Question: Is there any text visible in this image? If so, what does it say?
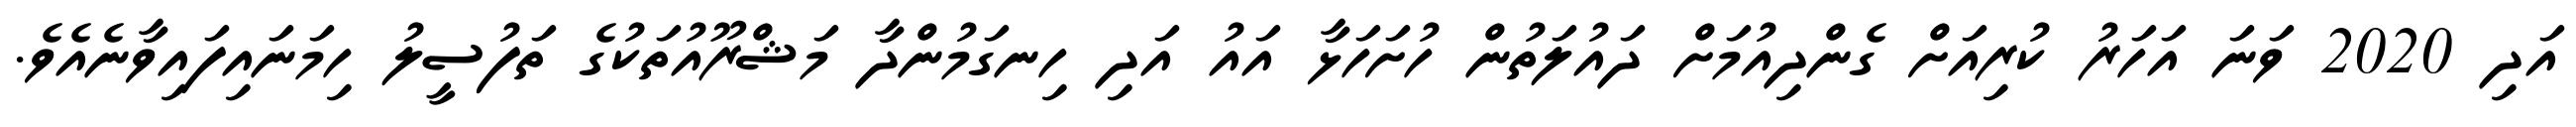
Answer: އަދި 2020 ވަނަ އަހަރު ކުރިއަށް ގެންދިއުމަށް ދައުލަތުން ހުށަހަޅާ އައު އަދި ހިނގަމުންދާ މަޝްރޫއުތަކުގެ ތަފުސީލު ހިމަނައިފައިވާނެއެވެ.